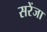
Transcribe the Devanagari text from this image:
सरेंजा